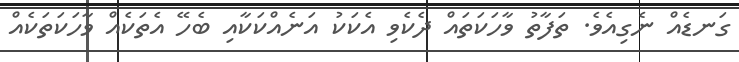
ގަނޑެއް ނެގިއެވެ. ތަފާތު ވާހަކަތައް ދެކެވި އެކަކު އަނެއްކަކާއި ބެހޭ އެތަކެއް ވާހަކަތަކެއް